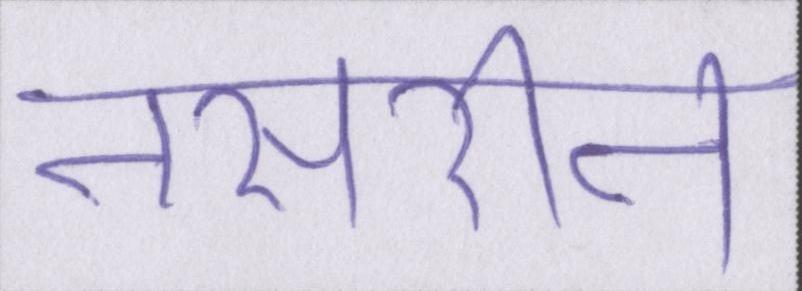
नसरीन